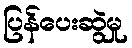
ပြန်ပေးဆွဲမှု